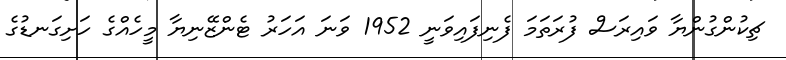
ޗިކުންގުންޔާ ވައިރަސް ފުރަތަމަ ފެނިފައިވަނީ 1952 ވަނަ އަހަރު ޓެންޒޭނިޔާ މީހެއްގެ ހަށިގަނޑުގެ